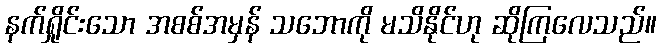
နက်ရှိုင်းသော အစစ်အမှန် သဘောကို မသိနိုင်ဟု ဆိုကြလေသည်။